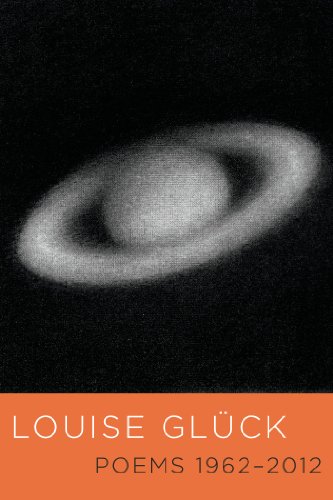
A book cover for Poems 1962-2012; Louise GlÃ¼ck; Literature & Fiction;